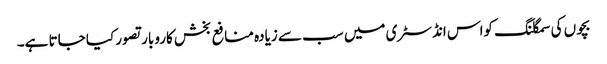
بچوں کی سمگلنگ کواس انڈسٹری میں سب سے زیادہ منافع بخش کاروبار تصور کیا جاتا ہے۔